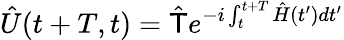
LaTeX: \hat{U}(t+T,t)=\hat{\mathsf{T}}e^{-i\int_{t}^{t+T}\hat{H}(t^{\prime})dt^{\prime}}